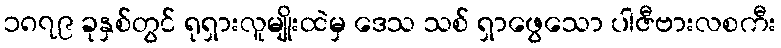
၁၈၇၉ ခုနှစ်တွင် ရုရှားလူမျိုးထဲမှ ဒေသ သစ် ရှာဖွေသော ပါဇီဗားလစကီး